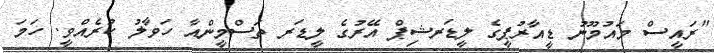
"ރައީސް މައުމޫނު ޑީއާރުޕީގެ ލީޑަރޝިޕް އޭރުގެ ލީޑަރ ތަސްމީންއާ ހަވާލު ކުރެއްވީ. ހަމަ